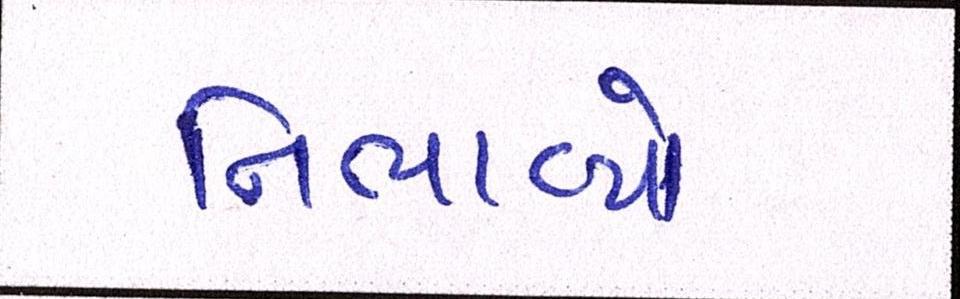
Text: નિભાવ્યો